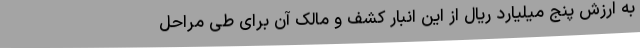
به ارزش پنج میلیارد ریال از این انبار کشف و مالک آن برای طی مراحل